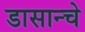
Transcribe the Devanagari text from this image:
डासान्चे